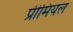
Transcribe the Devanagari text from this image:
प्रीमियल